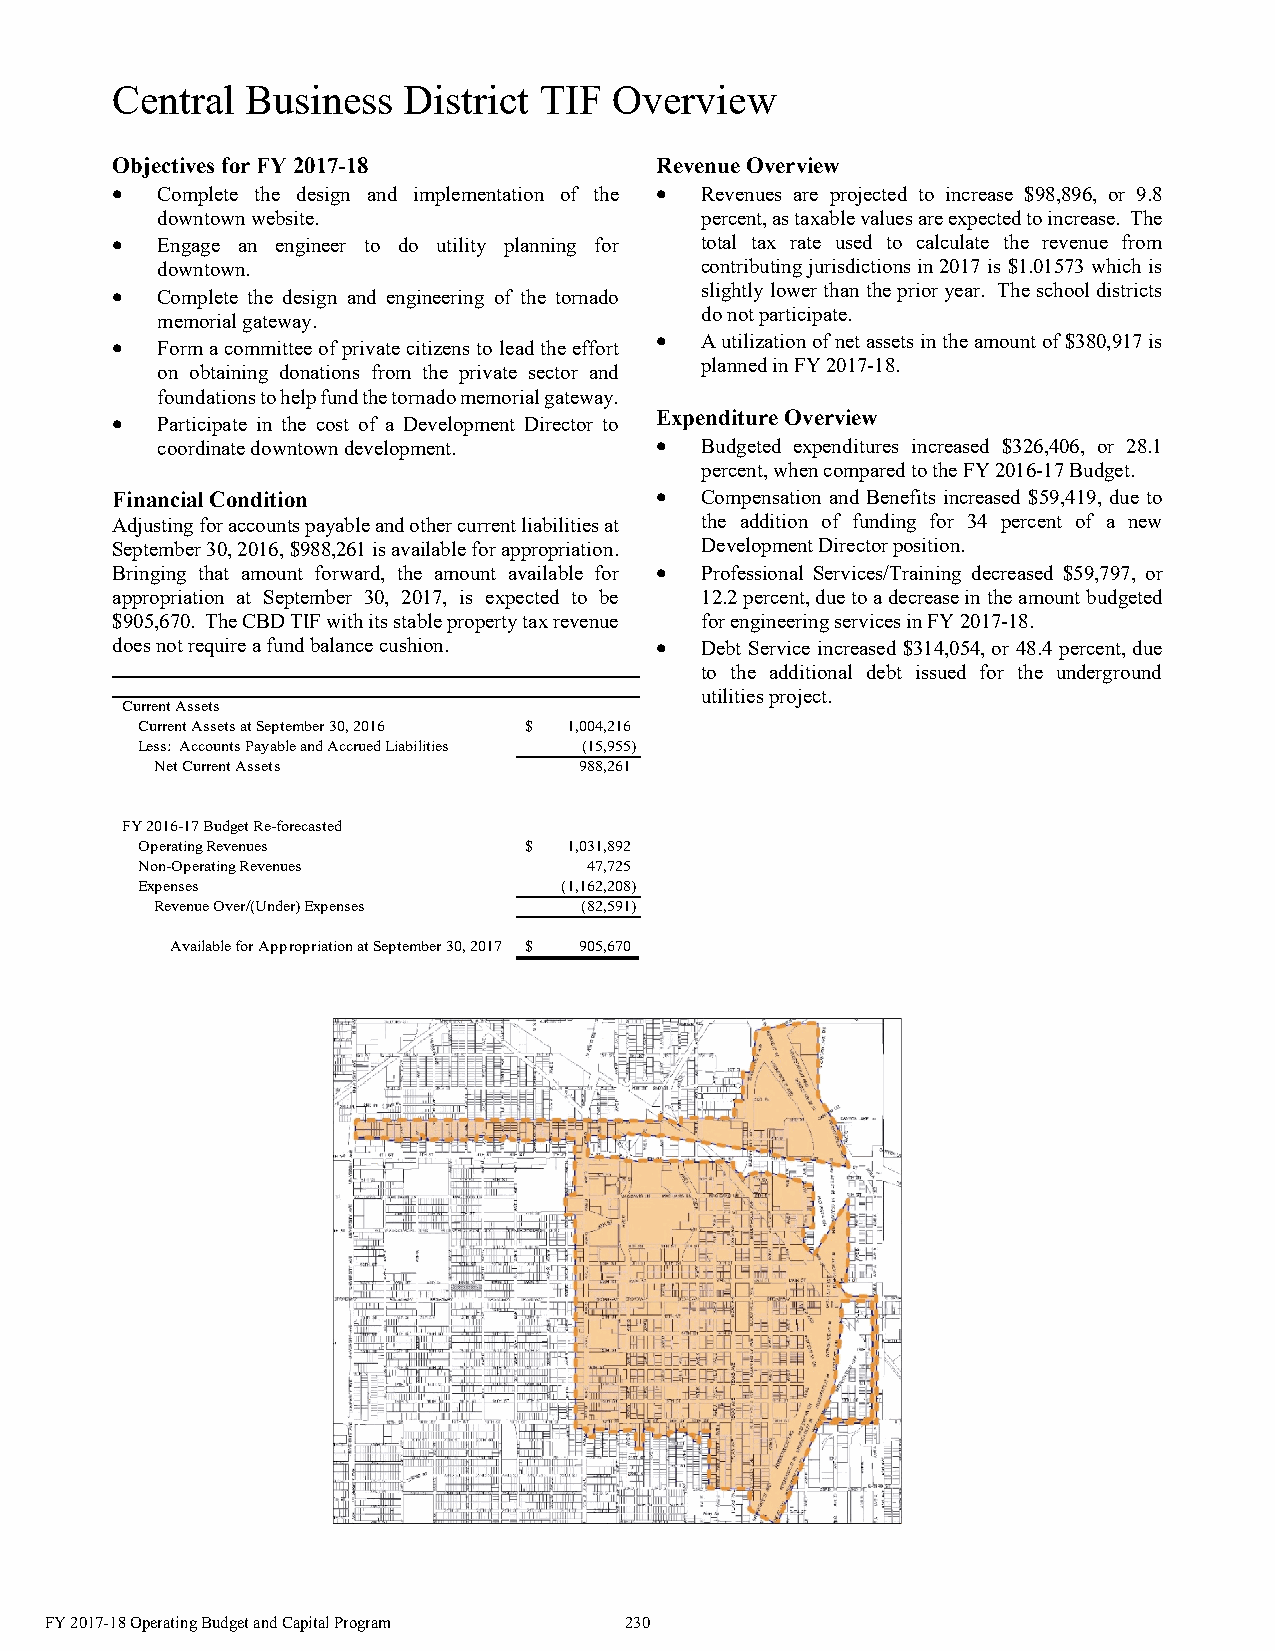
Central  Business   District TIF  Overview
 Objectives for FY 2017-18           Revenue Overview
   Complete the design and implementation of the  Revenues are projected to increase $98,896, or 9.8
 downtown website.                   percent, as taxable values are expected to increase. The
   Engage an engineer to do utility planning for total tax rate used to calculate the revenue from
 downtown.                           contributing jurisdictions in 2017 is $1.01573 which is
   Complete the design and engineering of the tornado slightly lower than the prior year. The school districts
 do not participate.
 memorial gateway.
   Form a committee of private citizens to lead the effort  A utilization of net assets in the amount of $380,917 is
 planned in FY 2017-18.
 on obtaining donations from the private sector and
 foundations to help fund the tornado memorial gateway.
   Participate in the cost of a Development Director to
 Expenditure Overview
 coordinate downtown development.   Budgeted expenditures increased $326,406, or 28.1
 percent, when compared to the FY 2016-17 Budget.
 Financial Condition                   Compensation and Benefits increased $59,419, due to
 Adjusting for accounts payable and other current liabilities at the addition of funding for 34 percent of a new
 September 30, 2016, $988,261 is available for appropriation. Development Director position.
 Bringing that amount forward, the amount available for  Professional Services/Training decreased $59,797, or
 appropriation at September 30, 2017, is expected to be 12.2 percent, due to a decrease in the amount budgeted
 $905,670. The CBD TIF with its stable property tax revenue for engineering services in FY 2017-18.
 does not require a fund balance cushion.  Debt Service increased $314,054, or 48.4 percent, due
 to the additional debt issued for the underground
 utilities project.
 Current Assets
 Current Assets at September 30, 2016 $ 1,004,216
 Less: Accounts Payable and Accrued Liabilities (15,955)
 Net Current Assets          988,261
 FY 2016-17 Budget Re-forecasted
 Operating Revenues        $  1,031,892
 Non-Operating Revenues        47,725
 Expenses                    ( 1,162,208)
 Revenue Over/(Under) Expenses (82,591)
 Available for Appropriation at September 30, 2017 $ 905,670
 FY 2017-18 Operating Budget and Capital Program 230